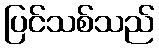
ပြင်သစ်သည်